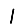
Digit: 1